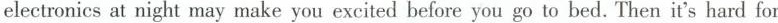
ectronics at night may make you excited before you go to bed. Then it's hard for